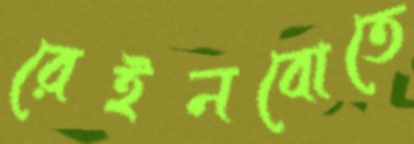
রেইনবোতে